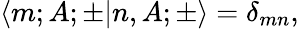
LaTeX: \langle m;A;\pm|n,A;\pm\rangle=\delta_{mn},